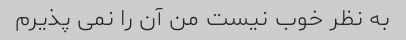
به نظر خوب نیست من آن را نمی پذیرم